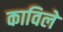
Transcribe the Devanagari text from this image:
काविले